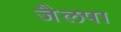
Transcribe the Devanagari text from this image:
जैलपा